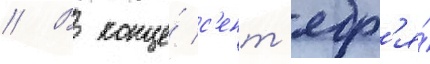
// В конце́ с'ент'ябр'я́